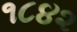
૧૮૪૨